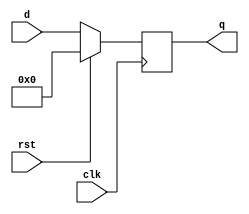
module register
(
	d,
	clk,
	rst,
	q	
);

	input [31:0] d;
	input rst, clk;
	output reg [31:0] q;

	always @(posedge clk)
	begin
		if(rst)
			q <= 32'd0;
		else
			q <= d;
	end

endmodule